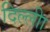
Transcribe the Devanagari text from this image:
दिल्लीा